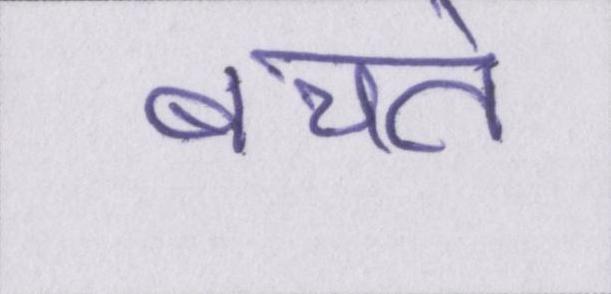
बचते